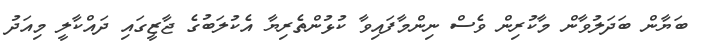
ބަޔާން ބަދަލުވާން މާކުރިން ވެސް ނިންމާފައިވާ ކުޅުންތެރިޔާ އެކުލަބުގެ ޖާޒީގައި ދައްކާލީ މިއަދު